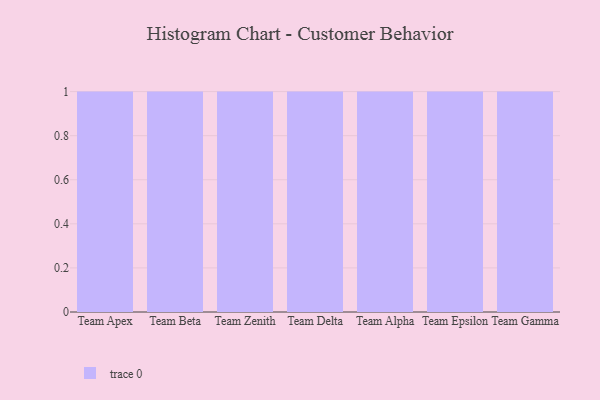
{"axis": {"x": "Team", "y": "Bounce Rate (%)"}, "legend": [""], "data": [{"x": "Team Apex", "y": 76, "type": ""}, {"x": "Team Beta", "y": 43, "type": ""}, {"x": "Team Zenith", "y": 69, "type": ""}, {"x": "Team Delta", "y": 71, "type": ""}, {"x": "Team Alpha", "y": 53, "type": ""}, {"x": "Team Epsilon", "y": 66, "type": ""}, {"x": "Team Gamma", "y": 62, "type": ""}]}